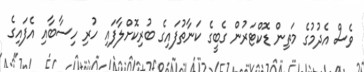
ވެސް އެދުމުގެ މަތިން ޑޮކްޓަރުން ގެބީގެ ކަނާތުފައިގެ ބުރިކޮށްލާފައި ހުރި ހިސާބާއި އެފައިގެ